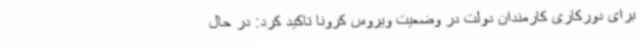
برای دورکاری کارمندان دولت در وضعیت ویروس کرونا تاکید کرد: در حال